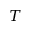
T